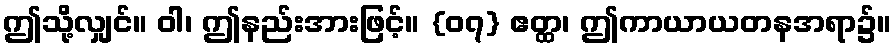
ဤသို့လျှင်။ ဝါ၊ ဤနည်းအားဖြင့်။ {၀၇} ဧတ္ထ၊ ဤကာယာယတနအရာ၌။